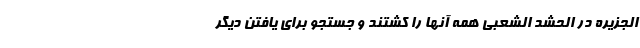
الجزیره در الحشد الشعبی همه آنها را کشتند و جستجو برای یافتن دیگر